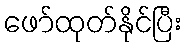
ဖော်ထုတ်နိုင်ပြီး